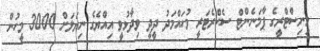
މިނިސްޓްރީގެ ޕާމަނެންޓް ސެކްރެޓަރީ މުހައްމަދު ދީދީ ވިދާޅުވީ އިއްޔެގެ ނިޔަލަށް 3000 މީހުން